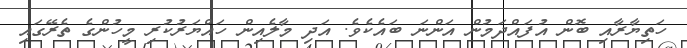
ހަތިޔާރާއި ބޮން އުފައްދަމުން އަންނަ ބައެކެވެ. އަދި މާލެއިން ހައްޔަރުކުރި މީހުންގެ ތެރޭގައި